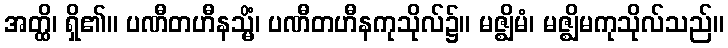
အတ္ထိ၊ ရှိ၏။ ပဏီတဟီနသ္မိံ၊ ပဏီတဟီနကုသိုလ်၌။ မဇ္ဈိမံ၊ မဇ္ဈိမကုသိုလ်သည်။